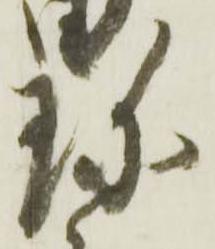
珎